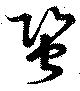
蛩